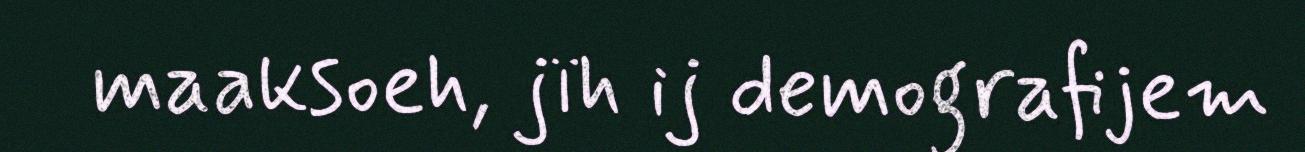
maaksoeh, jïh ij demografijem